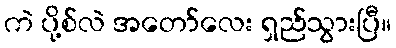
ကဲ ပို့စ်လဲ အတော်လေး ရှည်သွားပြီ။